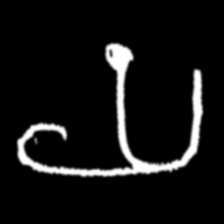
Pyu character \u2014 Myanmar letter: ယ (romanized: ya)